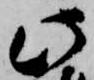
此